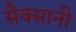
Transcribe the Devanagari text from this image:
सैक्सानी